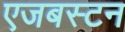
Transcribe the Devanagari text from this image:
एजबस्टन